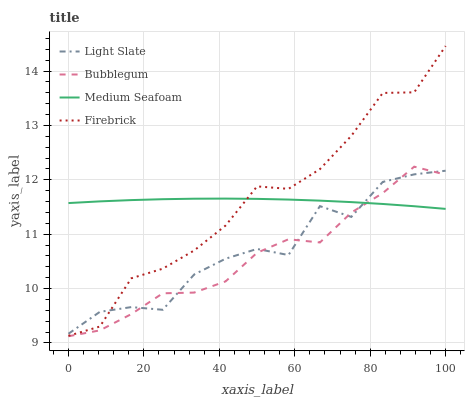
| xaxis_label | Light Slate | Bubblegum | Medium Seafoam | Firebrick |
 | --- | --- | --- | --- | --- |
 | 0 | 9.17 | 9.12 | 11.6 | 9.13 |
 | 8.33 | 9.57 | 9.23 | 11.6 | 9.3 |
 | 16.7 | 9.66 | 9.53 | 11.6 | 10.2 |
 | 25 | 9.61 | 9.91 | 11.6 | 10.4 |
 | 33.3 | 10.3 | 9.93 | 11.7 | 10.7 |
 | 41.7 | 10.5 | 10.1 | 11.7 | 11.2 |
 | 50 | 10.7 | 10.7 | 11.6 | 11.9 |
 | 58.3 | 10.6 | 10.9 | 11.6 | 11.8 |
 | 66.7 | 11.5 | 10.8 | 11.6 | 12.2 |
 | 75 | 11.3 | 11.4 | 11.6 | 12.8 |
 | 83.3 | 12 | 11.8 | 11.6 | 13.6 |
 | 91.7 | 12.1 | 12.2 | 11.5 | 13.6 |
 | 100 | 12.2 | 12.1 | 11.5 | 14.5 |